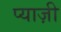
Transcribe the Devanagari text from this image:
प्याज़ी